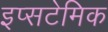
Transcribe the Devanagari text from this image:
इप्सटेमिक